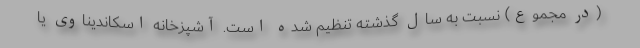
(در مجموع) نسبت به سال گذشته تنظیم شده است. آشپزخانه اسکاندیناوی یا